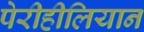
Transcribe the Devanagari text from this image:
पेरीहीलियान